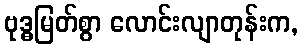
ဗုဒ္ဓမြတ်စွာ လောင်းလျာတုန်းက,